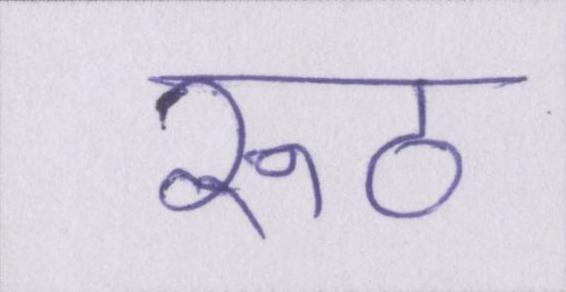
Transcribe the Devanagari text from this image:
रूठ